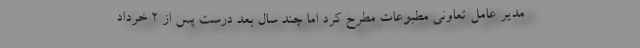
مدیر عامل تعاونی مطبوعات مطرح کرد اما چند سال بعد درست پس از 2 خرداد